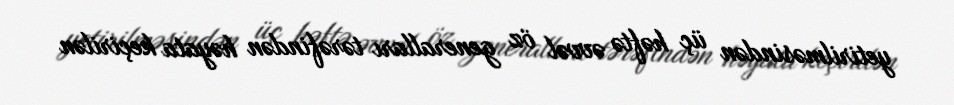
yetirilməsindən üç həftə əvvəl öz generalları tərəfindən həyata keçirilən